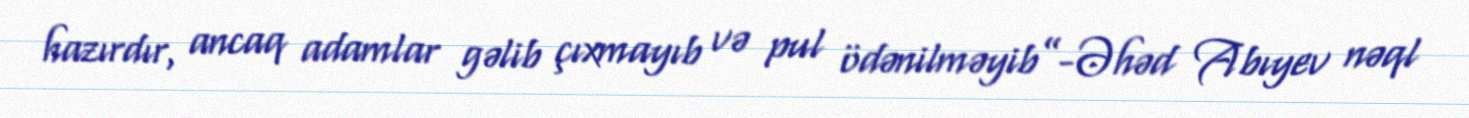
hazırdır, ancaq adamlar gəlib çıxmayıb və pul ödənilməyib”-Əhəd Abıyev nəql